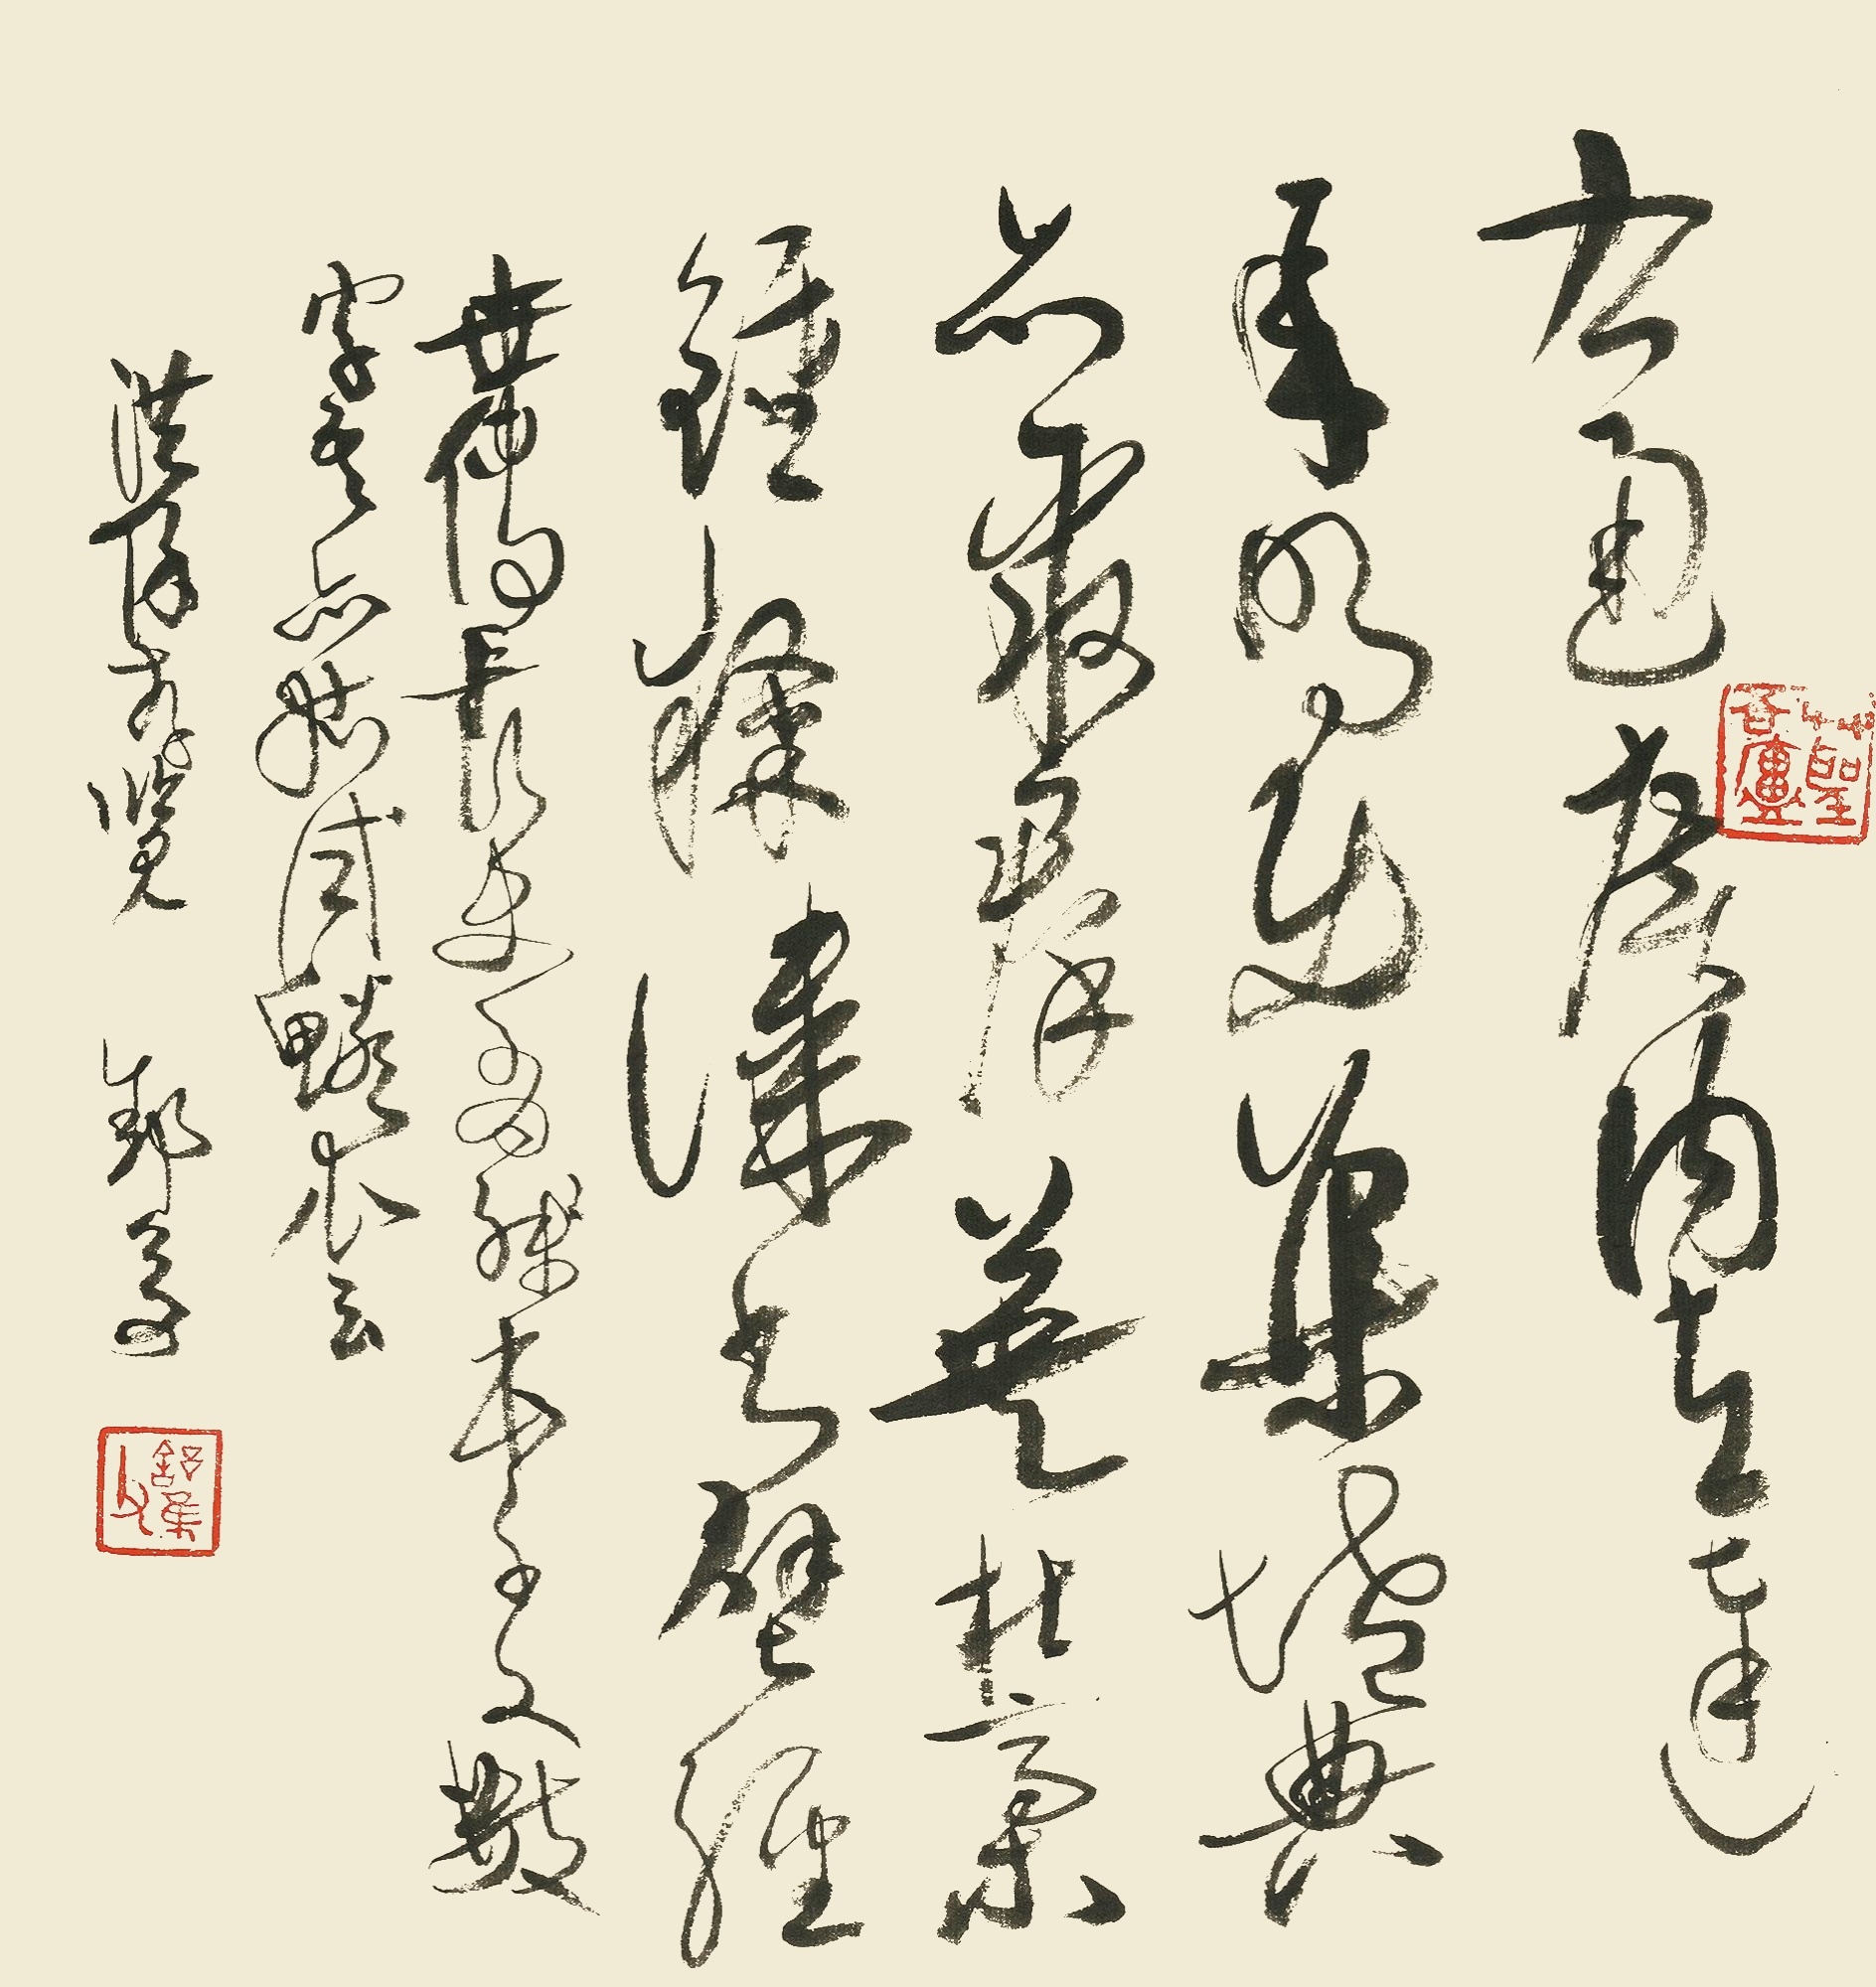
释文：右通广内，左达承明。既集坟典，亦聚群英。杜稿钟隶，漆书壁经。世传长史有残本《千文》数字，吾亦姑试鳞爪云，洪保存览，舒凫。